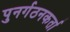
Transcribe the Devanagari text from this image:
पुनर्गठनकर्ता